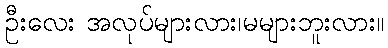
ဦးလေး အလုပ်များလား၊မများဘူးလား။